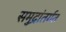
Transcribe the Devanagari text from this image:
समुद्रांतर्गत